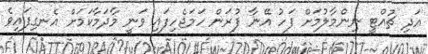
އަދި ޗުއްޓީ ނިންމާލުމަށް ފަހު އޭނާ ފުރަން ހަމަޖެހިފައި ވަނީ މާދަމާކަމަށް އެނގިފައިވެ